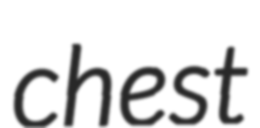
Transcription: chest